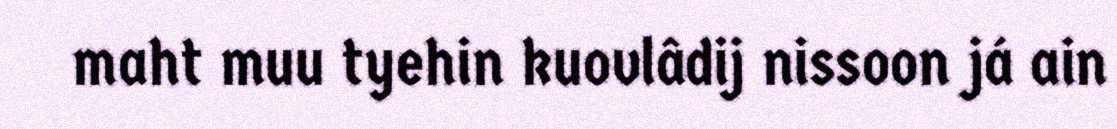
maht muu tyehin kuovlâdij nissoon já ain